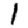
Digit: 1